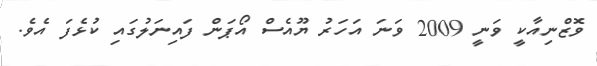
ވޮޒްނިއާކީ ވަނީ 2009 ވަނަ އަހަރު ޔޫއެސް އޯޕަން ފައިނަލުގައި ކުޅެފަ އެވެ.